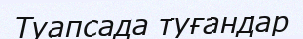
Туапсада туғандар